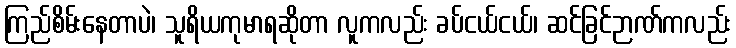
ကြည်စိမ်းနေတာပဲ၊ သူရိယကုမာရဆိုတာ လူကလည်း ခပ်ငယ်ငယ်၊ ဆင်ခြင်ဉာဏ်ကလည်း